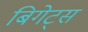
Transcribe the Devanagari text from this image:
बिगेट्स